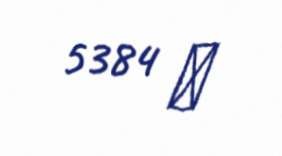
5384 ₼